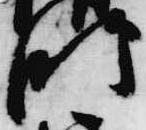
師